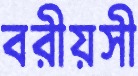
বরীয়সী